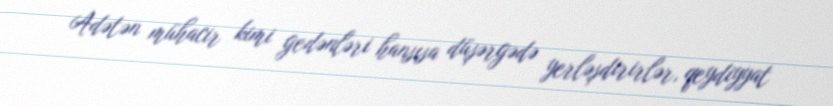
Adətən mühacir kimi gedənləri hansısa düşərgədə yerləşdirirlər, qeydiyyat